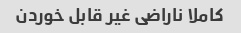
کاملا ناراضی غیر قابل خوردن